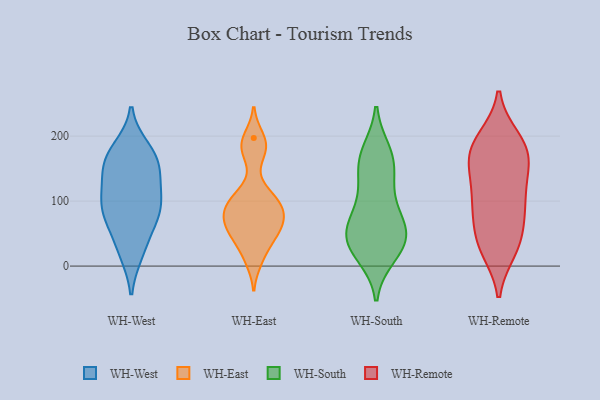
{"axis": {"x": "Waste Production (Tons)", "y": "Value"}, "legend": ["WH-East", "WH-Remote", "WH-South", "WH-West"], "data": [{"x": "", "y": 81, "type": "WH-West"}, {"x": "", "y": 92, "type": "WH-West"}, {"x": "", "y": 161, "type": "WH-West"}, {"x": "", "y": 160, "type": "WH-West"}, {"x": "", "y": 29, "type": "WH-West"}, {"x": "", "y": 144, "type": "WH-West"}, {"x": "", "y": 167, "type": "WH-West"}, {"x": "", "y": 74, "type": "WH-West"}, {"x": "", "y": 22, "type": "WH-West"}, {"x": "", "y": 80, "type": "WH-West"}, {"x": "", "y": 114, "type": "WH-West"}, {"x": "", "y": 112, "type": "WH-West"}, {"x": "", "y": 179, "type": "WH-West"}, {"x": "", "y": 10, "type": "WH-East"}, {"x": "", "y": 58, "type": "WH-East"}, {"x": "", "y": 80, "type": "WH-East"}, {"x": "", "y": 108, "type": "WH-East"}, {"x": "", "y": 85, "type": "WH-East"}, {"x": "", "y": 48, "type": "WH-East"}, {"x": "", "y": 87, "type": "WH-East"}, {"x": "", "y": 58, "type": "WH-East"}, {"x": "", "y": 17, "type": "WH-East"}, {"x": "", "y": 190, "type": "WH-East"}, {"x": "", "y": 53, "type": "WH-East"}, {"x": "", "y": 176, "type": "WH-East"}, {"x": "", "y": 178, "type": "WH-East"}, {"x": "", "y": 48, "type": "WH-East"}, {"x": "", "y": 89, "type": "WH-East"}, {"x": "", "y": 78, "type": "WH-East"}, {"x": "", "y": 197, "type": "WH-East"}, {"x": "", "y": 104, "type": "WH-East"}, {"x": "", "y": 109, "type": "WH-East"}, {"x": "", "y": 17, "type": "WH-South"}, {"x": "", "y": 150, "type": "WH-South"}, {"x": "", "y": 175, "type": "WH-South"}, {"x": "", "y": 87, "type": "WH-South"}, {"x": "", "y": 159, "type": "WH-South"}, {"x": "", "y": 172, "type": "WH-South"}, {"x": "", "y": 55, "type": "WH-South"}, {"x": "", "y": 54, "type": "WH-South"}, {"x": "", "y": 36, "type": "WH-South"}, {"x": "", "y": 43, "type": "WH-South"}, {"x": "", "y": 94, "type": "WH-South"}, {"x": "", "y": 39, "type": "WH-South"}, {"x": "", "y": 21, "type": "WH-South"}, {"x": "", "y": 59, "type": "WH-South"}, {"x": "", "y": 129, "type": "WH-South"}, {"x": "", "y": 131, "type": "WH-Remote"}, {"x": "", "y": 172, "type": "WH-Remote"}, {"x": "", "y": 195, "type": "WH-Remote"}, {"x": "", "y": 30, "type": "WH-Remote"}, {"x": "", "y": 181, "type": "WH-Remote"}, {"x": "", "y": 174, "type": "WH-Remote"}, {"x": "", "y": 42, "type": "WH-Remote"}, {"x": "", "y": 87, "type": "WH-Remote"}, {"x": "", "y": 191, "type": "WH-Remote"}, {"x": "", "y": 38, "type": "WH-Remote"}, {"x": "", "y": 26, "type": "WH-Remote"}, {"x": "", "y": 86, "type": "WH-Remote"}, {"x": "", "y": 97, "type": "WH-Remote"}, {"x": "", "y": 158, "type": "WH-Remote"}, {"x": "", "y": 143, "type": "WH-Remote"}, {"x": "", "y": 97, "type": "WH-Remote"}]}